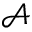
{ \mathcal A }